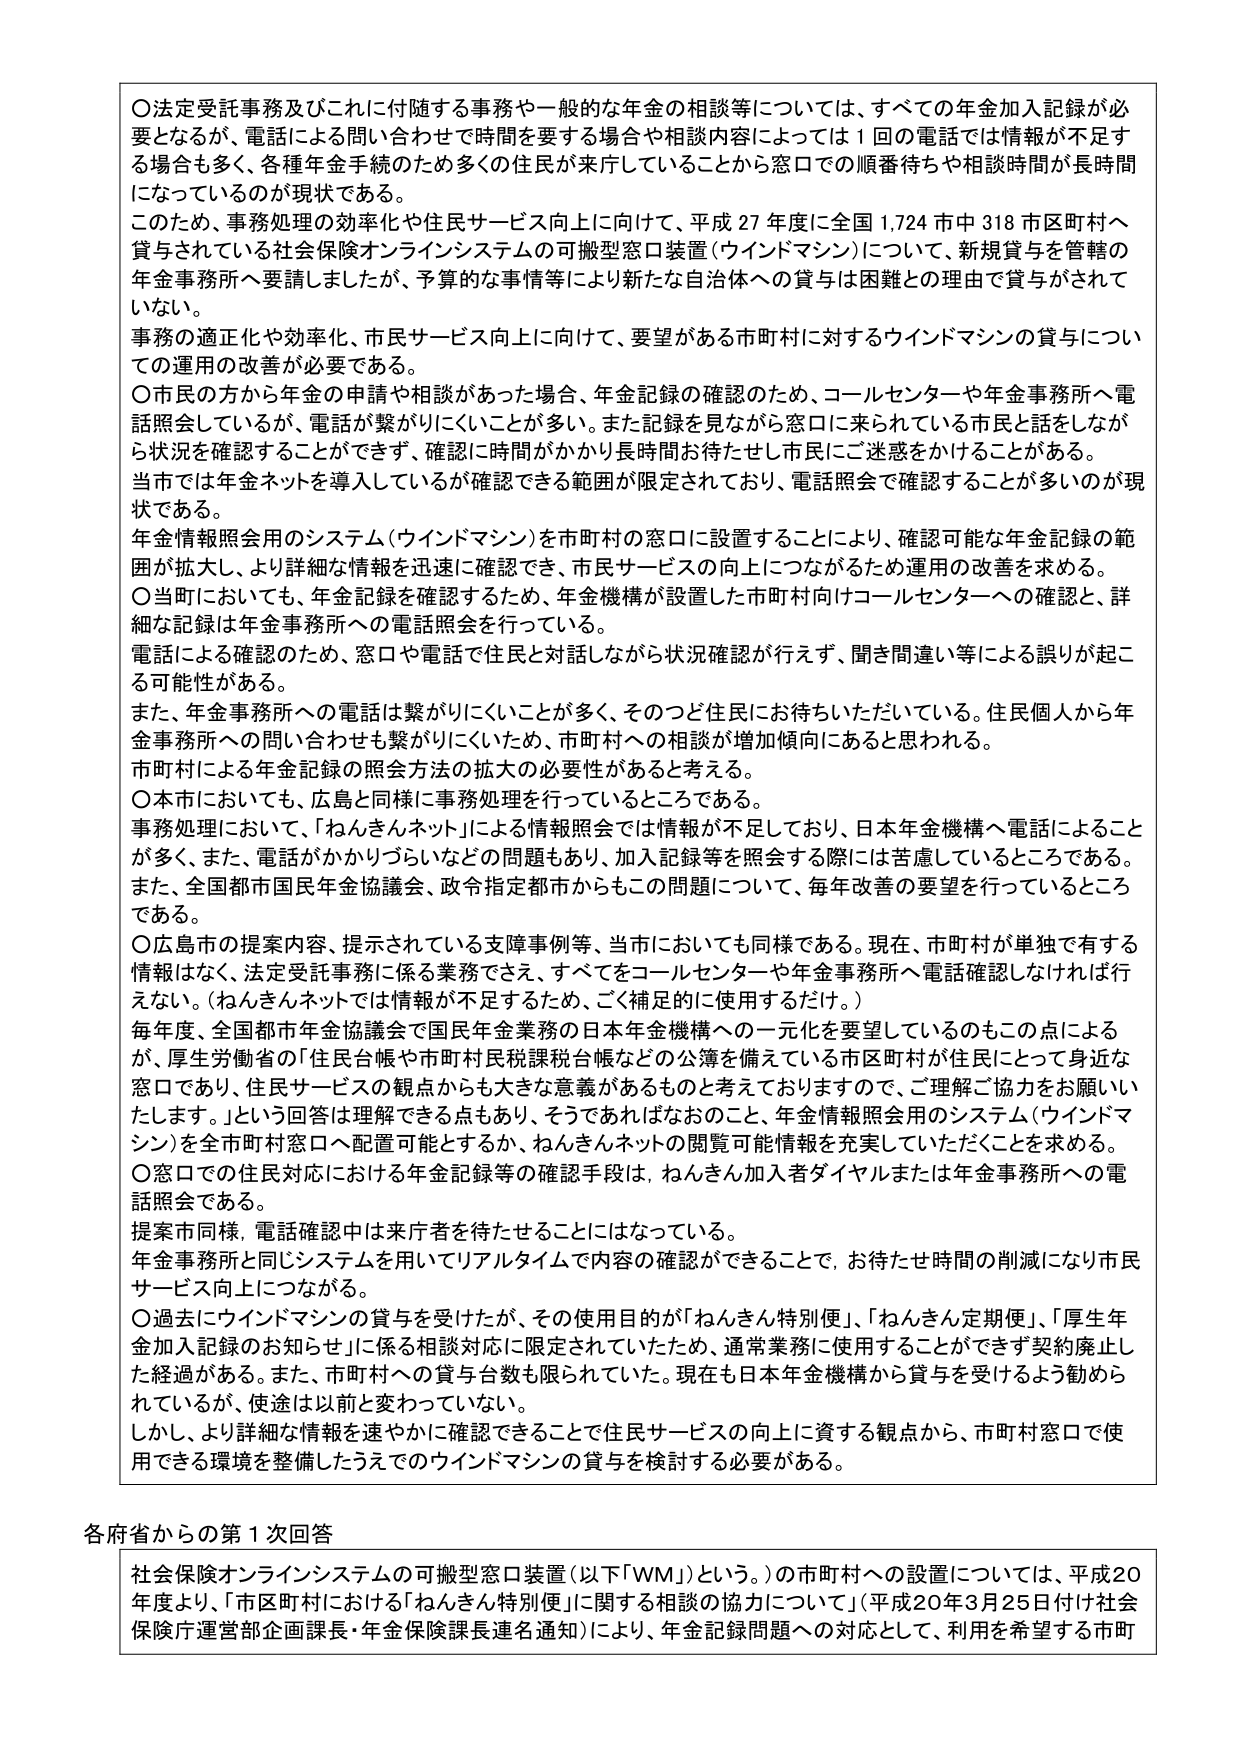
〇法定受託事務及びこれに付随する事務や一般的な年金の相談等については、すべての年金加入記録が必要となるが、電話による問い合わせで時間を要する場合や相談内容によっては１回の電話では情報が不足する場合も多く、各種年金手続のため多くの住民が来庁していることから窓口での順番待ちや相談時間が長時間になっているのが現状である。

このため、事務処理の効率化や住民サービス向上に向けて、平成27年度に全国1,724市中318市区町村へ貸与されている社会保険オンラインシステムの可搬型窓口装置（ウインドマシン）について、新規貸与を管轄の年金事務所へ要請しましたが、予算的な事情等により新たな自治体への貸与は困難との理由で貸与がされていない。

事務の適正化や効率化、市民サービス向上に向けて、要望がある市町村に対するウインドマシンの貸与についての運用の改善が必要である。

〇市民の方から年金の申請や相談があった場合、年金記録の確認のため、コールセンターや年金事務所へ電話照会しているが、電話が繋がりにくいことが多い。また記録を見ながら窓口に来られている市民と話をしながら状況を確認することができず、確認に時間がかかり長時間お待たせし市民にご迷惑をかけることがある。

当市では年金ネットを導入しているが確認できる範囲が限定されており、電話照会で確認することが多いのが現状である。

年金情報照会用のシステム（ウインドマシン）を市町村の窓口に設置することにより、確認可能な年金記録の範囲が拡大し、より詳細な情報を迅速に確認でき、市民サービスの向上につながるため運用の改善を求める。

〇当町においても、年金記録を確認するため、年金機構が設置した市町村向けコールセンターへの確認と、詳細な記録は年金事務所への電話照会を行っている。

電話による確認のため、窓口や電話で住民と対話しながら状況確認が行えず、聞き間違い等による誤りが起こる可能性がある。

また、年金事務所への電話は繋がりにくいことが多く、そのつど住民にお待ちいただいている。住民個人から年金事務所への問い合わせも繋がりにくいため、市町村への相談が増加傾向にあると思われる。

市町村による年金記録の照会方法の拡大の必要性があると考える。

〇本市においても、広島と同様に事務処理を行っているところである。

事務処理において、「ねんきんネット」による情報照会では情報が不足しており、日本年金機構へ電話によることが多く、また、電話がかかりづらいなどの問題もあり、加入記録等を照会する際には苦慮しているところである。

また、全国都市国民年金協議会、政令指定都市からもこの問題について、毎年改善の要望を行っているところである。

〇広島市の提案内容、提示されている支障事例等、当市においても同様である。現在、市町村が単独で有する情報はなく、法定受託事務に係る業務でさえ、すべてをコールセンターや年金事務所へ電話確認しなければ行えない。（ねんきんネットでは情報が不足するため、ごく補足的に使用するだけ。）

毎年度、全国都市年金協議会で国民年金業務の日本年金機構への一元化を要望しているのもこの点によるが、厚生労働省の「住民台帳や市町村民税課税台帳などの公簿を備えている市区町村が住民にとって身近な窓口であり、住民サービスの観点からも大きな意義があるものと考えておりますので、ご理解ご協力をお願いいたします。」という回答は理解できる点もあり、そうであればなおのこと、年金情報照会用のシステム（ウインドマシン）を全市町村窓口へ配置可能とするか、ねんきんネットの閲覧可能情報を充実していただくことを求める。

〇窓口での住民対応における年金記録等の確認手段は、ねんきん加入者ダイヤルまたは年金事務所への電話照会である。

提案市同様、電話確認中は来庁者を待たせることになっている。

年金事務所と同じシステムを用いてリアルタイムで内容の確認ができることで、お待たせ時間の削減になり市民サービス向上につながる。

〇過去にウインドマシンの貸与を受けたが、その使用目的が「ねんきん特別便」、「ねんきん定期便」、「厚生年金加入記録のお知らせ」に係る相談対応に限定されていたため、通常業務に使用することができず契約廃止した経過がある。また、市町村への貸与台数も限られていた。現在も日本年金機構から貸与を受けるよう勧められてはいるが、用途は以前と変わっていない。

しかし、より詳細な情報を速やかに確認できることで住民サービスの向上に資する観点から、市町村窓口で使用できる環境を整備したうえでのウインドマシンの貸与を検討する必要がある。

各府省からの第1次回答

社会保険オンラインシステムの可搬型窓口装置（以下「WM」）という。）の市町村への設置については、平成20年度より、「市区町村における「ねんきん特別便」に関する相談の協力について」（平成20年3月25日付け社会保険庁運営部企画課長・年金保険課長連名通知）により、年金記録問題への対応として、利用を希望する市町